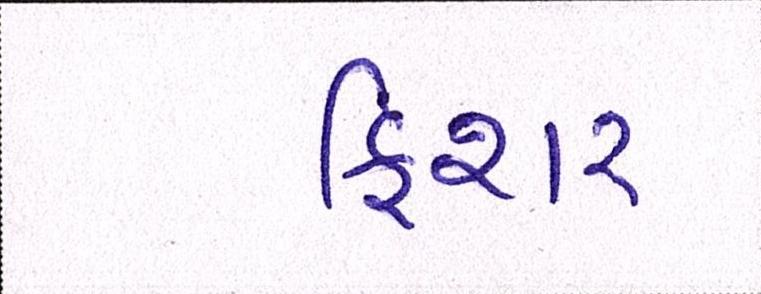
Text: ફિશર